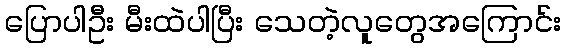
ပြောပါဦး မီးထဲပါပြီး သေတဲ့လူတွေအကြောင်း